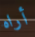
أراه